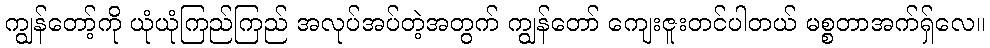
ကျွန်တော့်ကို ယုံယုံကြည်ကြည် အလုပ်အပ်တဲ့အတွက် ကျွန်တော် ကျေးဇူးတင်ပါတယ် မစ္စတာအက်ရှ်လေ။